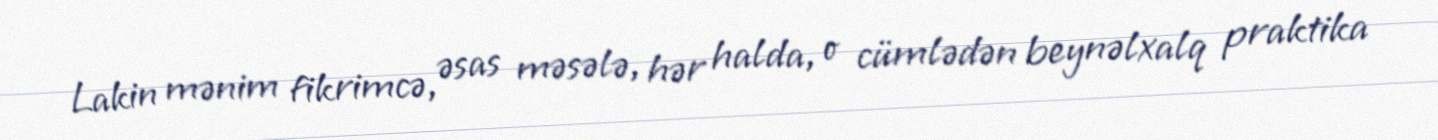
Lakin mənim fikrimcə, əsas məsələ, hər halda, o cümlədən beynəlxalq praktika